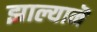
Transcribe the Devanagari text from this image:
झाल्यानॆ